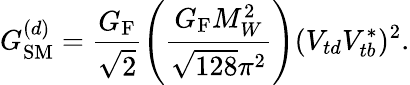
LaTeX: G_{\mathrm{SM}}^{(d)}=\frac{G_{\mathrm{F}}}{\sqrt{2}}\left(\frac{G_{\mathrm{F}}M_{W}^{2}}{\sqrt{128}\pi^{2}}\right)(V_{td}V_{tb}^{\ast})^{2}.